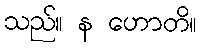
သည်။ န ဟောတိ။